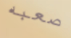
صعبه